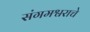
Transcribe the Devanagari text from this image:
संगमश्वराचे